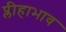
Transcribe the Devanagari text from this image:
प्लीहाभाव